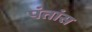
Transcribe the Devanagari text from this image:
पंतांस